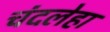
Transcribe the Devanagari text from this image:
चंदलेहा